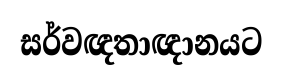
සර්වඥතාඥානයට